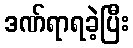
ဒဏ်ရာရခဲ့ပြီး